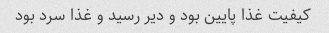
کیفیت غذا پایین بود و دیر رسید و غذا سرد بود